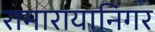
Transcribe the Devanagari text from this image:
रामारायानिंगर